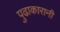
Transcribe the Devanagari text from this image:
पुढाकारानी